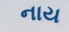
નાય